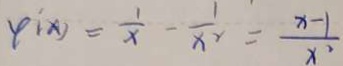
\varphi ( x ) = \frac { 1 } { x } - \frac { 1 } { x ^ { 2 } } = \frac { x - 1 } { x ^ { 2 } }